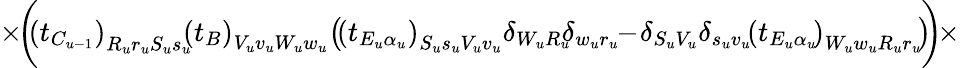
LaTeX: \times\! \bigg(\! \! \left(t_{C_{u-1}}\right)_{R_{u}r_{u}S_{u}s_{u}}\! \! \left(t_{B}\right)_{V_{u}v_{u}W_{u}w_{u}}\! \left(\! \left(t_{E_{u}\alpha_{u}}\right)_{S_{u}s_{u}V_{u}v_{u}}\delta_{W_{u}R_{u}}\! \! \delta_{w_{u}r_{u}}\! \! -\! \delta_{S_{u}V_{u}}\delta_{s_{u}v_{u}}\! \left(t_{E_{u}\alpha_{u}}\! \right)_{W_{u}w_{u}R_{u}r_{u}}\! \right)\! \! \bigg)\! \times